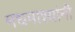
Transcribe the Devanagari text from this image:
मधमाश्यांनी